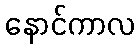
နောင်ကာလ